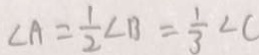
\angle A = \frac { 1 } { 2 } \angle B = \frac { 1 } { 3 } \angle C